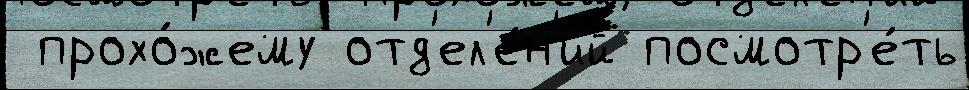
 прохо́жему отд'ел'е́н'ий посмотр'е́ть